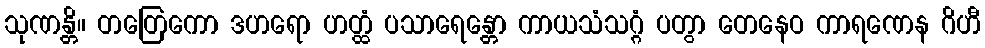
သုဏန္တိ။ တတြေကော ဒဟရော ဟတ္ထံ ပသာရေန္တော ကာယသံသဂ္ဂံ ပတွာ တေနေဝ ကာရဏေန ဂိဟီ